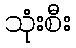
သုံးစီး